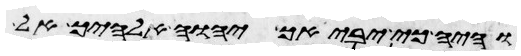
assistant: והיה כי יביאך יהוה אלהיך אל